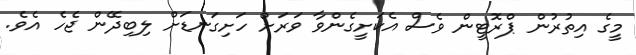
މީގެ އިތުރުން ޕްރޮޓީން ވެސް އެކަށީގެންވާ ވަރަށް ހަށިގަނޑަށް ލިބިދޭން ޖެހެ އެވެ.